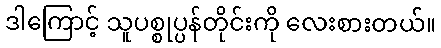
ဒါကြောင့် သူပစ္စုပ္ပန်တိုင်းကို လေးစားတယ်။